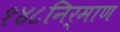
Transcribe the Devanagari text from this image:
१४८निर्माण